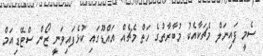
ސެމީ ފައިނަލް މެޗަކާއެކު މުބާރާތުގެ ހަތް މެޗެއް އައްޑޫގައި ކުޅެފައިވަނީ ޒޯން ސްޓޭޑިއަމް